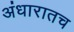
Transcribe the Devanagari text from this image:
अंधारातच